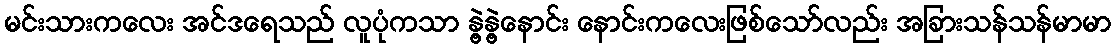
မင်းသားကလေး အင်ဒရေသည် လူပုံကသာ နွဲ့နွဲ့နောင်း နောင်းကလေးဖြစ်သော်လည်း အခြားသန်သန်မာမာ